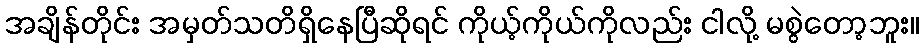
အချိန်တိုင်း အမှတ်သတိရှိနေပြီဆိုရင် ကိုယ့်ကိုယ်ကိုလည်း ငါလို့ မစွဲတော့ဘူး။